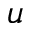
u